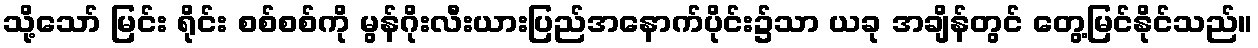
သို့သော် မြင်း ရိုင်း စစ်စစ်ကို မွန်ဂိုးလီးယားပြည်အနောက်ပိုင်း၌သာ ယခု အချိန်တွင် တွေ့မြင်နိုင်သည်။